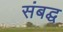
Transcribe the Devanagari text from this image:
संबद्घ